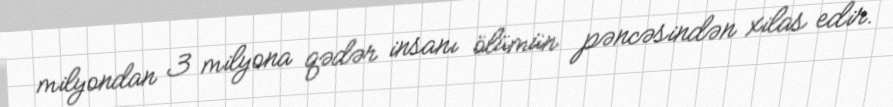
milyondan 3 milyona qədər insanı ölümün pəncəsindən xilas edir.